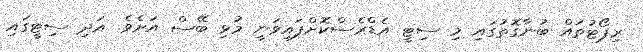
ރިޕޯޓުތައް ބުނާގޮތުގައި މި ސިޓީ އެޑްރެސްކޮށްފައިވަނީ މުޅި ބޭސް އަށެވެ. އަދި ސިޓީގައި